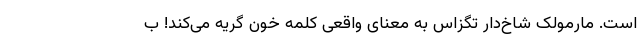
است. مارمولک شاخ‌دار تگزاس به معنای واقعی کلمه خون گریه می‌کند! ب